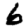
Digit: 6